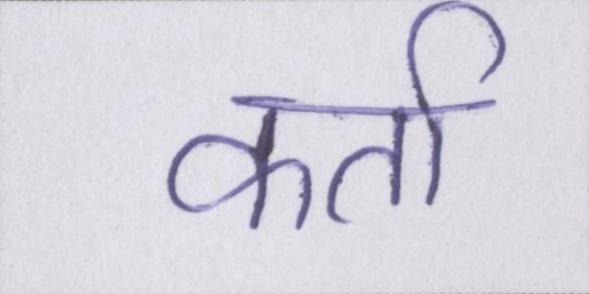
कर्ता